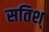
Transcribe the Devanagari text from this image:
सतिश्